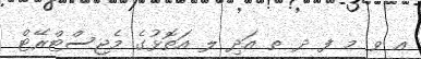
އ ވ މ ފ ދ ތ އަދި ލ އަތޮޅުގެ މެޖިސްޓްރޭޓް